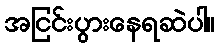
အငြင်းပွားနေရဆဲပါ။